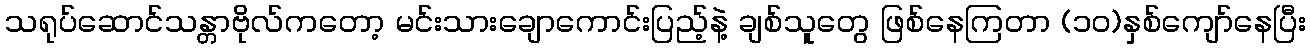
သရုပ်ဆောင်သန္တာဗိုလ်ကတော့ မင်းသားချောကောင်းပြည့်နဲ့ ချစ်သူတွေ ဖြစ်နေကြတာ (၁၀)နှစ်ကျော်နေပြီး